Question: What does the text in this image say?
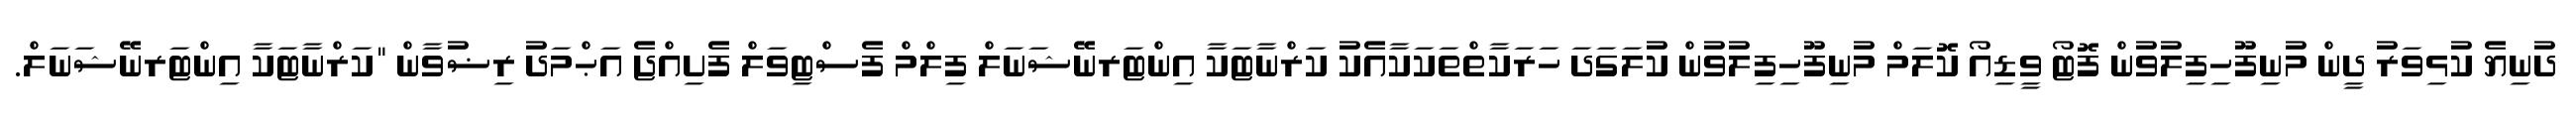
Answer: ދުނިޔެ ކުޅިވަރު ދީން މުނިފޫހިފިލުވުން ފޮޓޯ ވީޑިއޯ ކޮލަމް މުނިފޫހިފިލުވުން ކުލަގަދަ ހަރަކާތްތަކަކާއެކު ކަރްނާޓަކާ އިންޓަރނޭޝަނަލް ފިލްމް ފެސްޓިވަލް ފެށިއްޖެ އަޙްމަދު ރިޟުވާން "ކަރްނާޓަކާ އިންޓަރނޭޝަނަލް.